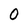
Character: O